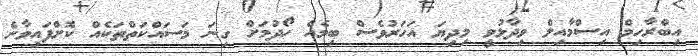
އިބްރާހިމް އިސްމާއިލް ވިދާޅުވީ މިދިޔަ އަހަރުވެސް ބިމެއް ހޯދުމަށް ގިނަ މަސައްކަތްތަކެއް ކޮށްފައިވާނެ